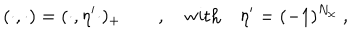
( \cdot , \cdot ) = ( \cdot , \eta ^ { \prime } \cdot ) _ { + } \qquad , \quad \mathrm { w i t h } \quad \eta ^ { \prime } = ( - 1 ) ^ { N _ { \chi } } \ ,